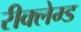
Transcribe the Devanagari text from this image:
रीक्लेम्ड